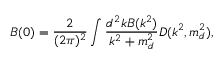
B ( 0 ) = \frac { 2 } { ( 2 \pi ) ^ { 2 } } \int \frac { d ^ { 2 } k B ( k ^ { 2 } ) } { k ^ { 2 } + m _ { d } ^ { 2 } } D ( k ^ { 2 } , m _ { d } ^ { 2 } ) ,